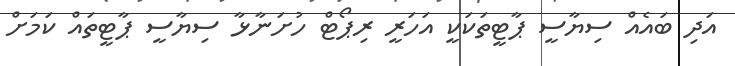
އަދި ބައެއް ސިޔާސީ ޕާޓީތަކަކީ އަހަރީ ރިޕޯޓް ހުށަނާޅާ ސިޔާސީ ޕާޓީތައް ކަމަށް